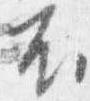
不